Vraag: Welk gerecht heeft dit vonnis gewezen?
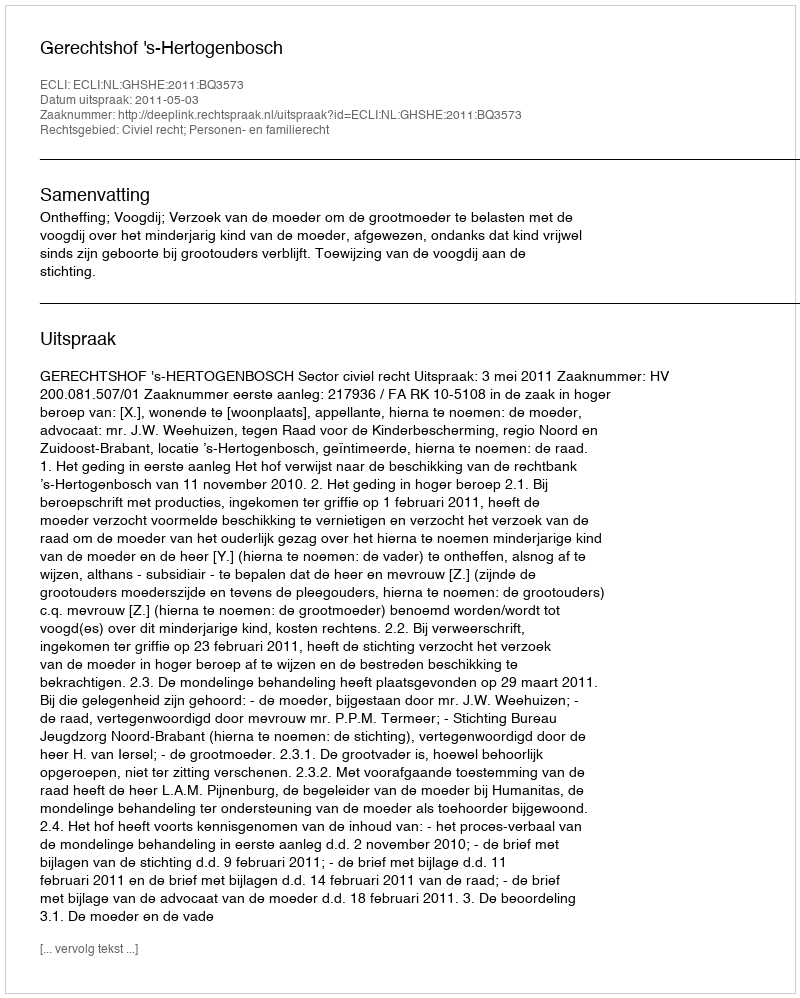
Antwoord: Gerechtshof 's-Hertogenbosch